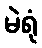
မဲရုံ